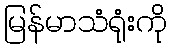
မြန်မာသံရုံးကို